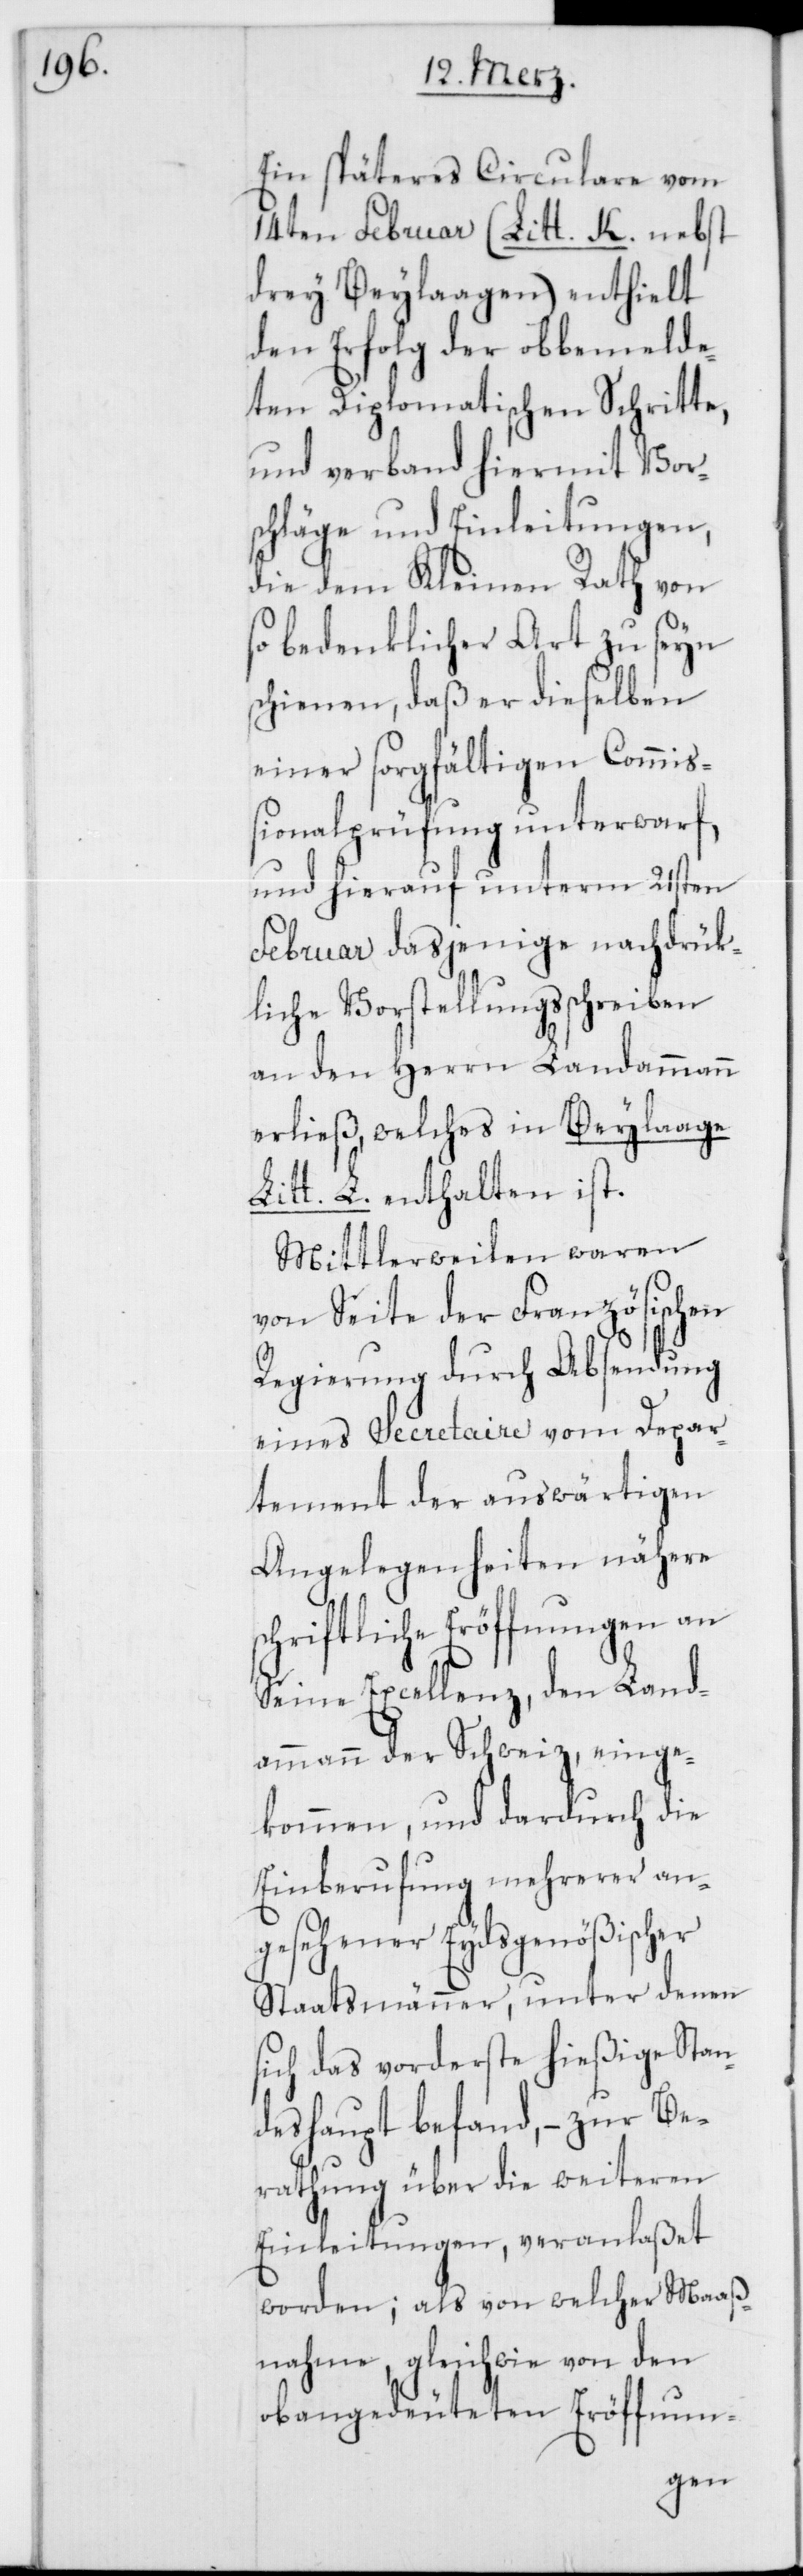
Ein späteres Circulare vom
14ten Februar (Litt. K. nebst
drey Beylaagen) enthielt
den Erfolg der obbemelde¬
ten Diplomatischen Schritte,
und verband hiermit Vor¬
schläge und Einleitungen,
die dem Kleinen Rath von
so bedenklicher Art zu seyn
schienen, daß er dieselben
einer sorgfältigen Commiß¬
ionalprüfung unterwarf,
und hierauf unterm 21sten
Februar dasjenige nachdrük¬
liche Vorstellungsschreiben
an den Herrn Landammann
erließ, welches in Beylaage
Litt. L. enthalten ist.
Mittlerweilen waren
von Seite der Französischen
Regierung durch Absendung
eines Secretaire vom Depar¬
tement der auswärtigen
Angelegenheiten nähere
schriftliche Eröffnungen an
Seine Excellenz, den Land¬
ammann der Schweiz, einge¬
kommen, und dardurch die
Einberufung mehrerer an¬
gesehener Eydsgenößischer
Staatsmänner, unter denen
sich das vorderste hießige Stan¬
deshaupt befand, – zur Be¬
rathung über die weiteren
Einleitungen, veranlaßet
worden; als von welcher Maaß¬
nahme, gleichwie von den
obangedeuteten Eröffnun-